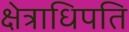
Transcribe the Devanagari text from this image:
क्षेत्राधिपति